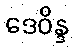
ဒေဝိန္ဒ